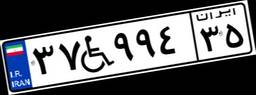
۱۰W۲۴۹۲۲